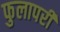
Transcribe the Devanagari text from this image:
फुलापरी